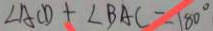
\angle A C D + \angle B A C = 1 8 0 ^ { \circ }